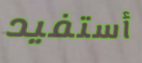
أستفيد